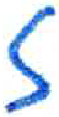
אות: ז